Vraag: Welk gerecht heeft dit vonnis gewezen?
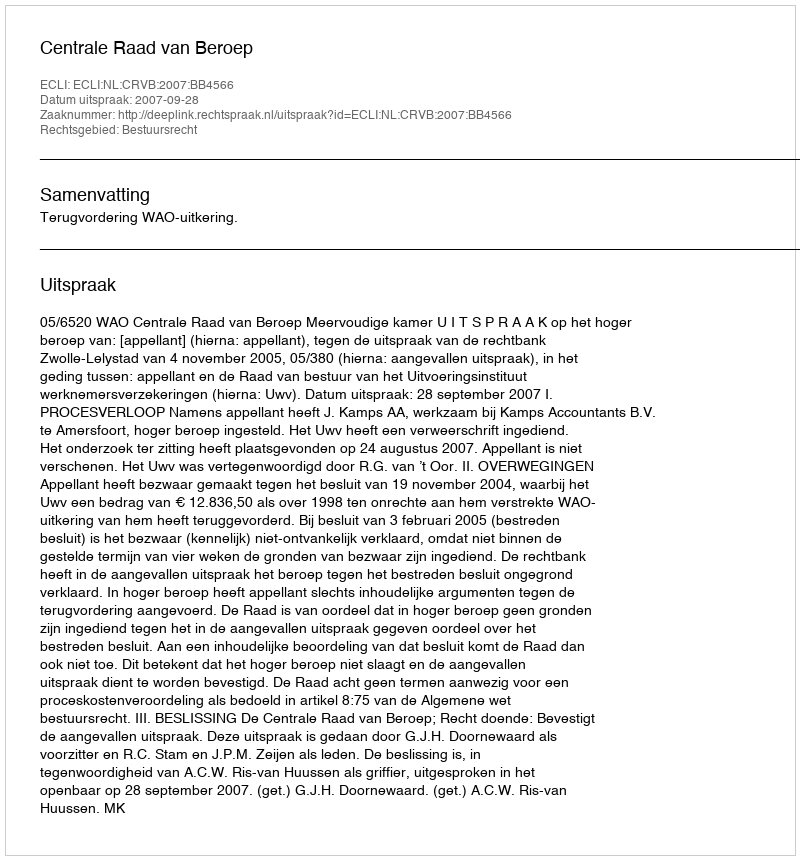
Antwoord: Centrale Raad van Beroep